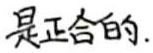
是正合的.